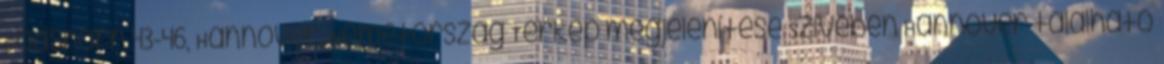
Godshorn 43-46, Hannover, Németország Térkép megjelenítése Szívében Hannover található